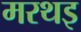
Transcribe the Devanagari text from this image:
मरथइ